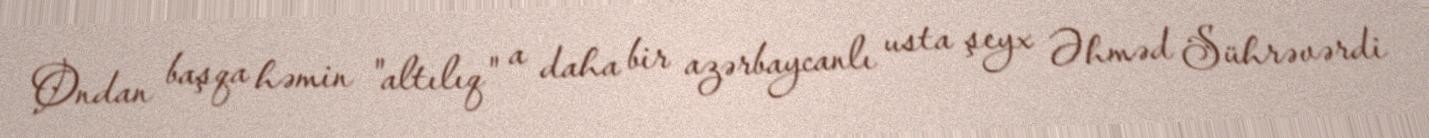
Ondan başqa həmin "altılıq" a daha bir azərbaycanlı usta şeyx Əhməd Sührəvərdi